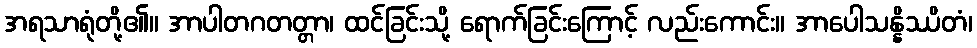
အရသာရုံတို့၏။ အာပါတဂတတ္တာ၊ ထင်ခြင်းသို့ ရောက်ခြင်းကြောင့် လည်းကောင်း။ အာပေါသန္နိဿိတံ၊